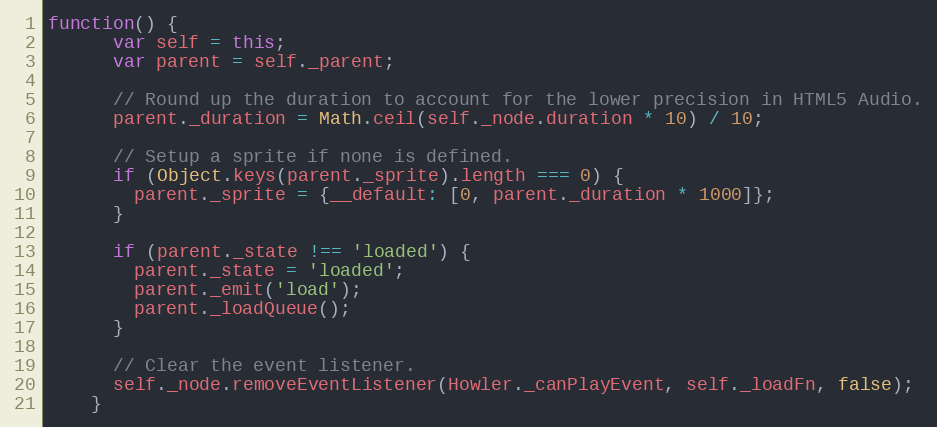
Language: JavaScript
function() {
      var self = this;
      var parent = self._parent;

      // Round up the duration to account for the lower precision in HTML5 Audio.
      parent._duration = Math.ceil(self._node.duration * 10) / 10;

      // Setup a sprite if none is defined.
      if (Object.keys(parent._sprite).length === 0) {
        parent._sprite = {__default: [0, parent._duration * 1000]};
      }

      if (parent._state !== 'loaded') {
        parent._state = 'loaded';
        parent._emit('load');
        parent._loadQueue();
      }

      // Clear the event listener.
      self._node.removeEventListener(Howler._canPlayEvent, self._loadFn, false);
    }